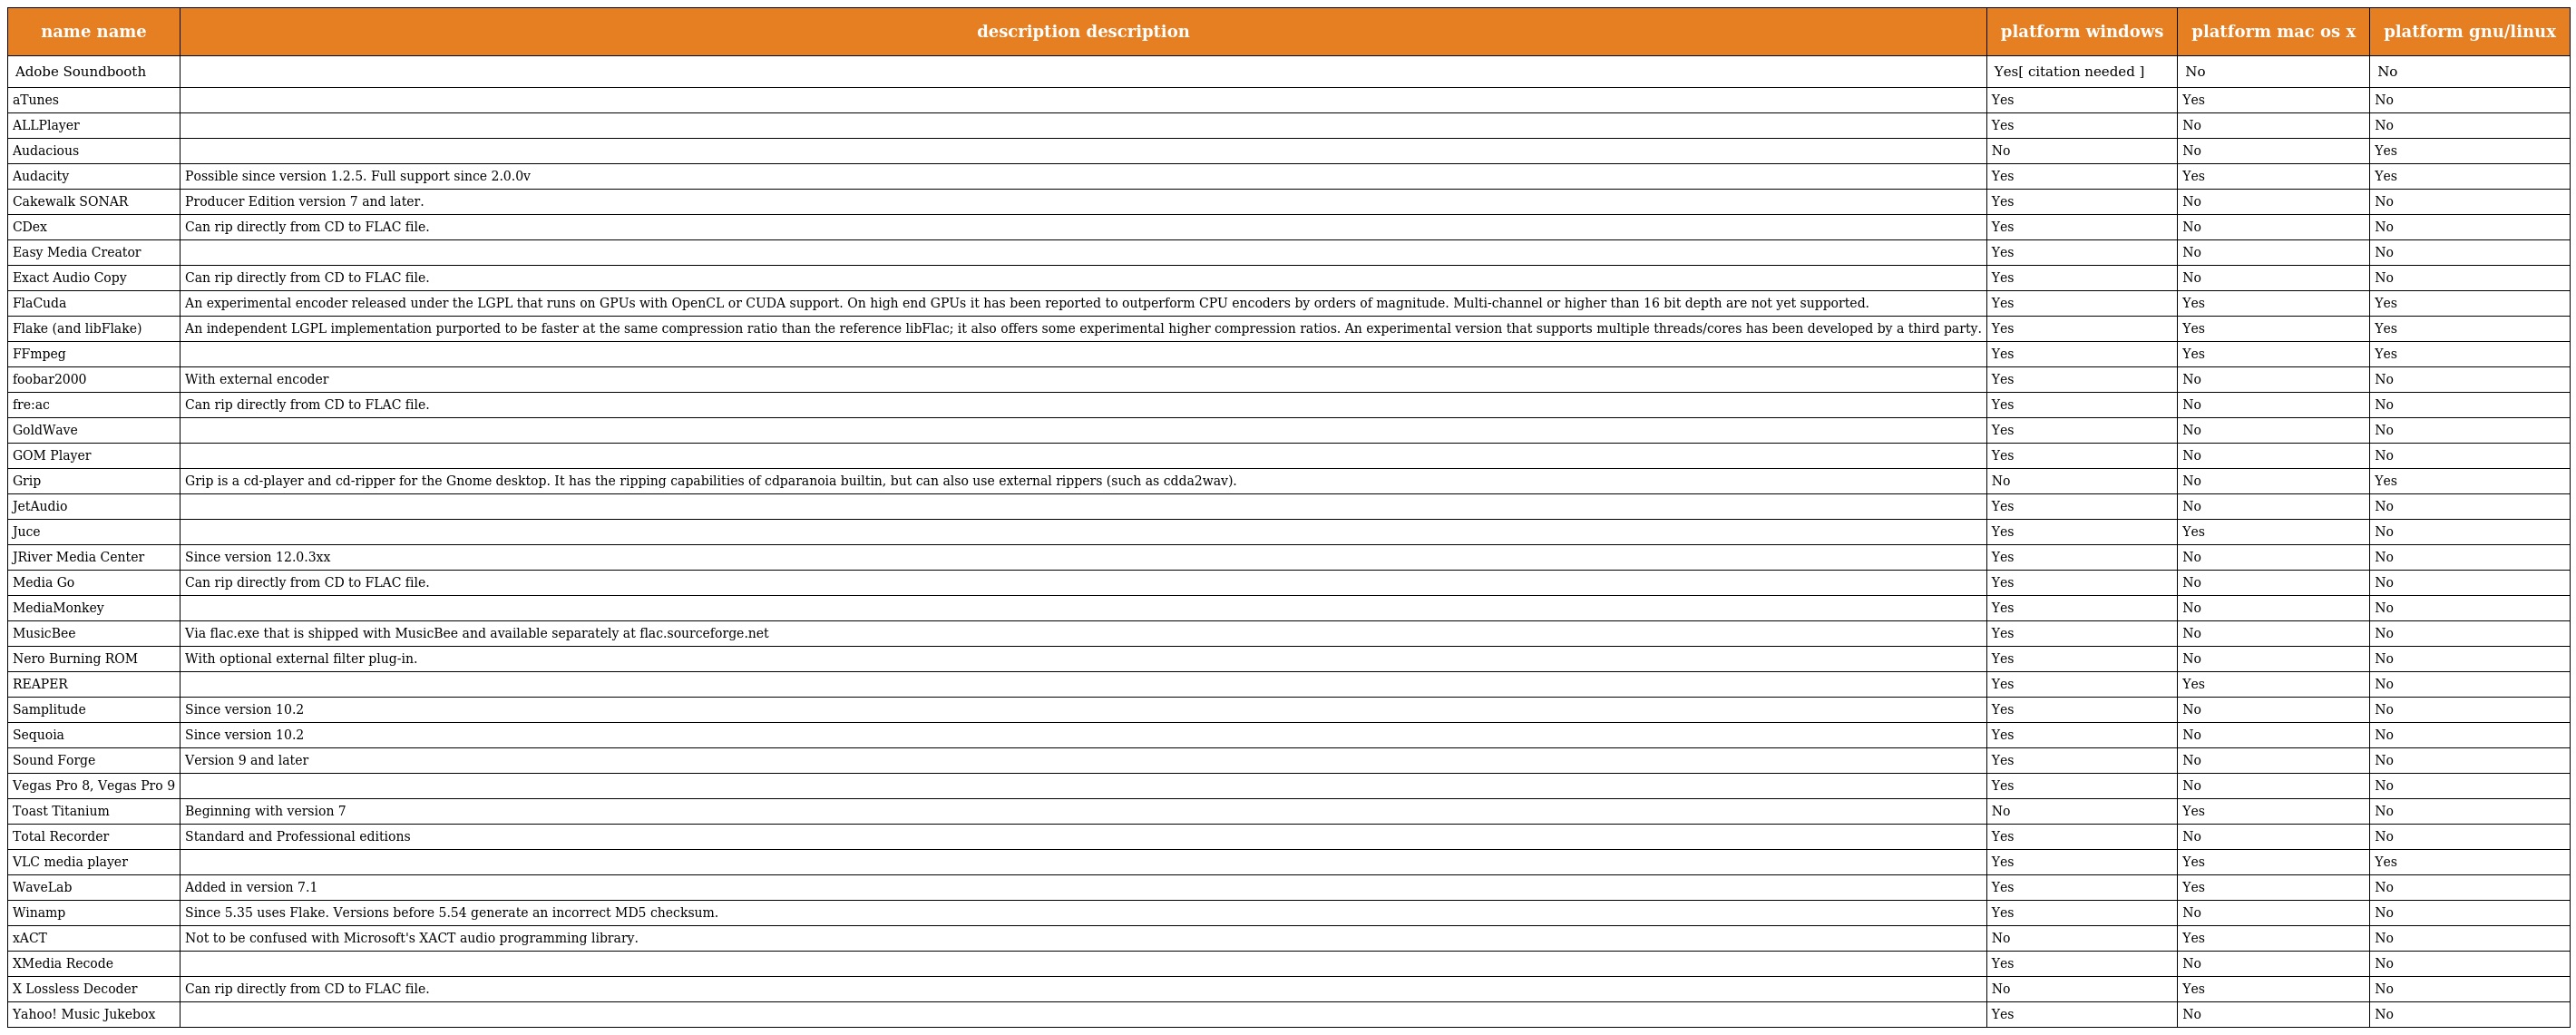
| name name | description description | platform windows | platform mac os x | platform gnu/linux |
 | --- | --- | --- | --- | --- |
 | Adobe Soundbooth |  | Yes[ citation needed ] | No | No |
 | aTunes |  | Yes | Yes | No |
 | ALLPlayer |  | Yes | No | No |
 | Audacious |  | No | No | Yes |
 | Audacity | Possible since version 1.2.5. Full support since 2.0.0v | Yes | Yes | Yes |
 | Cakewalk SONAR | Producer Edition version 7 and later. | Yes | No | No |
 | CDex | Can rip directly from CD to FLAC file. | Yes | No | No |
 | Easy Media Creator |  | Yes | No | No |
 | Exact Audio Copy | Can rip directly from CD to FLAC file. | Yes | No | No |
 | FlaCuda | An experimental encoder released under the LGPL that runs on GPUs with OpenCL or CUDA support. On high end GPUs it has been reported to outperform CPU encoders by orders of magnitude. Multi-channel or higher than 16 bit depth are not yet supported. | Yes | Yes | Yes |
 | Flake (and libFlake) | An independent LGPL implementation purported to be faster at the same compression ratio than the reference libFlac; it also offers some experimental higher compression ratios. An experimental version that supports multiple threads/cores has been developed by a third party. | Yes | Yes | Yes |
 | FFmpeg |  | Yes | Yes | Yes |
 | foobar2000 | With external encoder | Yes | No | No |
 | fre:ac | Can rip directly from CD to FLAC file. | Yes | No | No |
 | GoldWave |  | Yes | No | No |
 | GOM Player |  | Yes | No | No |
 | Grip | Grip is a cd-player and cd-ripper for the Gnome desktop. It has the ripping capabilities of cdparanoia builtin, but can also use external rippers (such as cdda2wav). | No | No | Yes |
 | JetAudio |  | Yes | No | No |
 | Juce |  | Yes | Yes | No |
 | JRiver Media Center | Since version 12.0.3xx | Yes | No | No |
 | Media Go | Can rip directly from CD to FLAC file. | Yes | No | No |
 | MediaMonkey |  | Yes | No | No |
 | MusicBee | Via flac.exe that is shipped with MusicBee and available separately at flac.sourceforge.net | Yes | No | No |
 | Nero Burning ROM | With optional external filter plug-in. | Yes | No | No |
 | REAPER |  | Yes | Yes | No |
 | Samplitude | Since version 10.2 | Yes | No | No |
 | Sequoia | Since version 10.2 | Yes | No | No |
 | Sound Forge | Version 9 and later | Yes | No | No |
 | Vegas Pro 8, Vegas Pro 9 |  | Yes | No | No |
 | Toast Titanium | Beginning with version 7 | No | Yes | No |
 | Total Recorder | Standard and Professional editions | Yes | No | No |
 | VLC media player |  | Yes | Yes | Yes |
 | WaveLab | Added in version 7.1 | Yes | Yes | No |
 | Winamp | Since 5.35 uses Flake. Versions before 5.54 generate an incorrect MD5 checksum. | Yes | No | No |
 | xACT | Not to be confused with Microsoft's XACT audio programming library. | No | Yes | No |
 | XMedia Recode |  | Yes | No | No |
 | X Lossless Decoder | Can rip directly from CD to FLAC file. | No | Yes | No |
 | Yahoo! Music Jukebox |  | Yes | No | No |